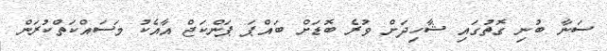
ސަނާ ބުނި ގޮތުގައި ޝާހިދަށް ވުރެ ބޮޑަށް ބައްޕަ ޕަންކަޖް އާއެކު މަސައްކަތްކުރަން